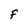
Character: F